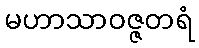
မဟာသာဝဇ္ဇတရံ